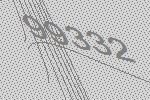
99332